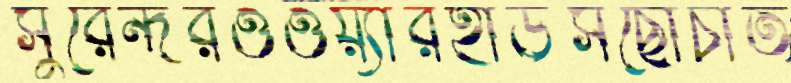
সুরেন্দরওওয়্যারহাউসছোঁচাত